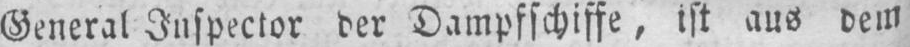
General Inspector der Dampfschiffe, ist aus dem